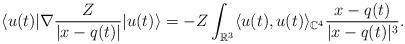
LaTeX: \begin{align*}\langle u(t) | \nabla \frac{Z}{|x-q(t)|}|u(t)\rangle=-Z\int_{\mathbb{R}^3} \langle u(t),u(t)\rangle_{\mathbb{C}^4}\frac{x-q(t)}{|x-q(t)|^3}.\end{align*}